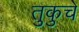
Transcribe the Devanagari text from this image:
तुकुचे